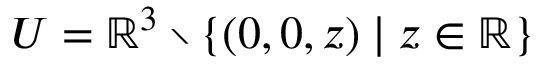
U = \mathbb { R } ^ { 3 } \setminus \{ ( 0 , 0 , z ) \mid z \in \mathbb { R } \}